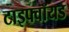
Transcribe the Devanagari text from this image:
टाइफ्वॉयड